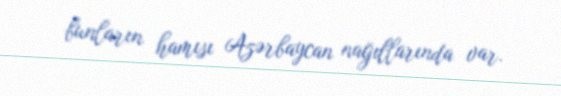
bunların hamısı Azərbaycan nağıllarında var.